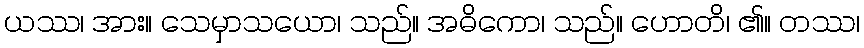
ယဿ၊ အား။ သေမှာသယော၊ သည်။ အဓိကော၊ သည်။ ဟောတိ၊ ၏။ တဿ၊